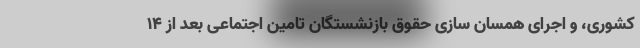
کشوری، و اجرای همسان سازی حقوق بازنشستگان تامین اجتماعی بعد از ۱۴